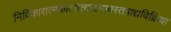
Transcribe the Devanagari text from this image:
निर्विकारात्मकात्सत्वादभावस्तत्राद्यविक्रिया